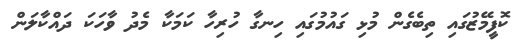
ކޮފީމޭޒުގައި ތިބެގެން މުޅި ގައުމުގައި ހިނގާ ހުރިހާ ކަމަކާ މެދު ވާހަކަ ދައްކާލަން